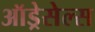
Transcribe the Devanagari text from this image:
ऑड्रेसेल्स